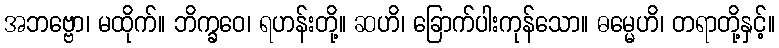
အဘဗ္ဗော၊ မထိုက်။ ဘိက္ခဝေ၊ ရဟန်းတို့။ ဆဟိ၊ ခြောက်ပါးကုန်သော။ ဓမ္မေဟိ၊ တရာတို့နှင့်။